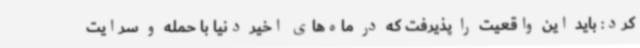
کرد: باید این واقعیت را پذیرفت که در ماه‌های اخیر دنیا با حمله و سرایت